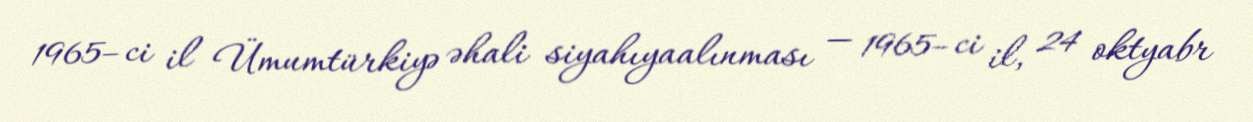
1965–ci il Ümumtürkiyə əhali siyahıyaalınması — 1965–ci il, 24 oktyabr